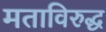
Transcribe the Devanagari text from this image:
मताविरुद्ध